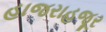
હાજરાહજૂર